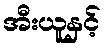
အီးယူနှင့်